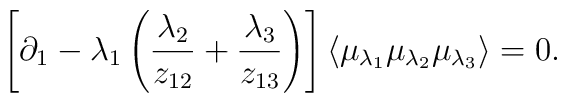
\left[    \partial_1     -    \lambda_1 \left(      \frac{\lambda_2}{z_{12}} +       \frac{\lambda_3}{z_{13}}     \right)  \right]  \langle\mu_{\lambda_1}\mu_{\lambda_2}\mu_{\lambda_3}\rangle  = 0.